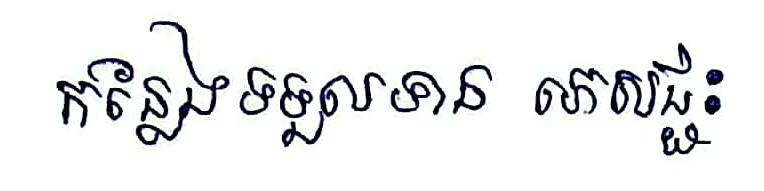
កន្លែងទទួលទាន ភេសជ្ជៈ